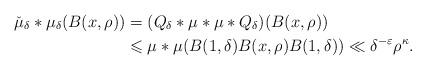
LaTeX: \begin{align*} \check{\mu}_{\delta}*\mu_{\delta}(B(x,\rho))&=(Q_{\delta}*\mu*\mu*Q_{\delta})(B(x,\rho))\\&\leqslant \mu*\mu(B(1,\delta)B(x,\rho)B(1,\delta))\ll\delta^{-\varepsilon}\rho^{\kappa}.\end{align*}